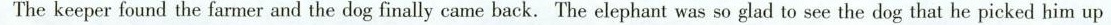
The keeper found the farmer and the dog finally came back.The elephant was so glad to see the dog that he picked him up